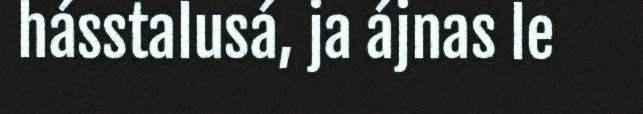
hásstalusá, ja ájnas le